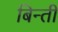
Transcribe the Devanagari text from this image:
बिन्ती